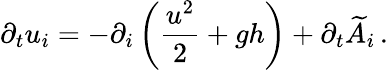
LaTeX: \partial_{t}u_{i}=-\partial_{i}\left(\frac{u^{2}}{2}+gh\right)+\partial_{t}\widetilde{A}_{i}\, .